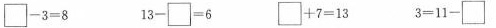
$$ \square-3=8$$ $$13- \square=6$$ $$ \square +7=13$$ $$3=11- \square$$